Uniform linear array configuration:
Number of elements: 64
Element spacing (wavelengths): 0.5
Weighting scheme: hann
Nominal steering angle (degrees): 30
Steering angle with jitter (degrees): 29.853
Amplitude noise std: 0.05
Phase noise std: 0.05

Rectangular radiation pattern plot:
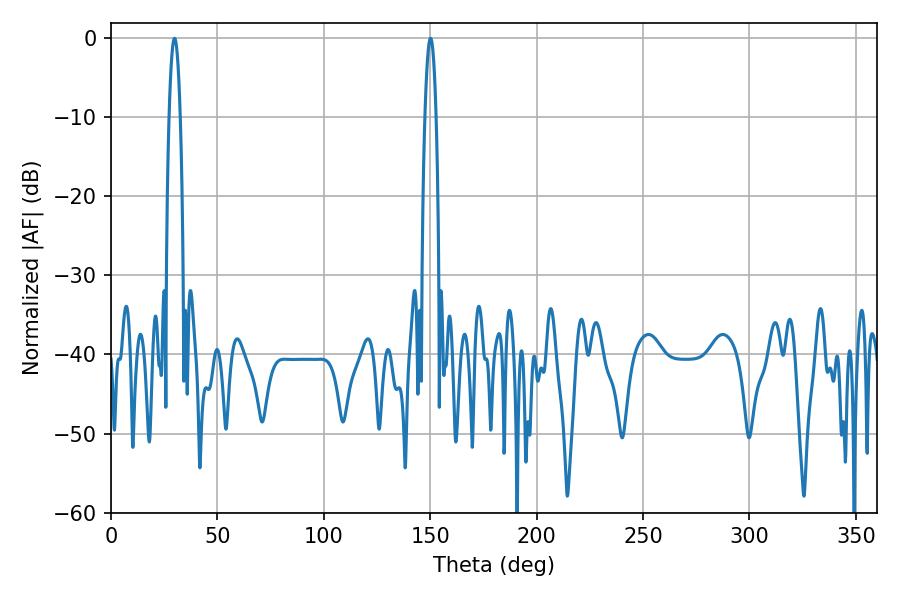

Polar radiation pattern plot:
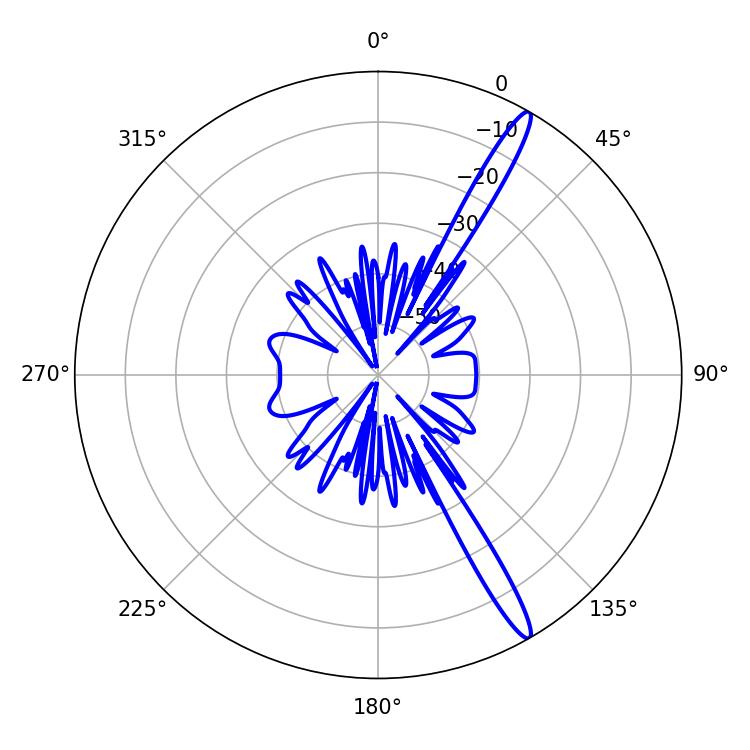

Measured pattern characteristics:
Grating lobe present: FALSE
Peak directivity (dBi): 15.624
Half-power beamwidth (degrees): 2.88
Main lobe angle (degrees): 29.88